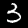
Digit: 3